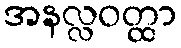
အနလ္လဝတ္ထာ